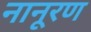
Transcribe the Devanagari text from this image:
नानूरण